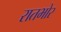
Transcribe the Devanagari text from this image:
रातभोर